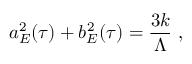
a _ { E } ^ { 2 } ( \tau ) + b _ { E } ^ { 2 } ( \tau ) = \frac { 3 k } { \Lambda } ~ ,